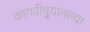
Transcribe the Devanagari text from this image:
कागदीपुर्‍यातल्या